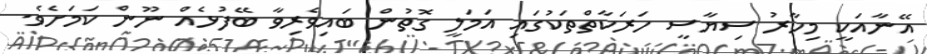
އޭނާއަކީ މިހާރު ސިޔާސީ ހަރަކާތްތަކުގައި އަމަލީ ގޮތުން ބައިވެރިވާ ބޭފުޅެއް ނޫން ކަމަށެވެ.